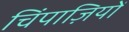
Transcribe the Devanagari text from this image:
चिंपाज़ियों